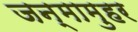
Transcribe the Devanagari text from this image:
जन्मामुहर